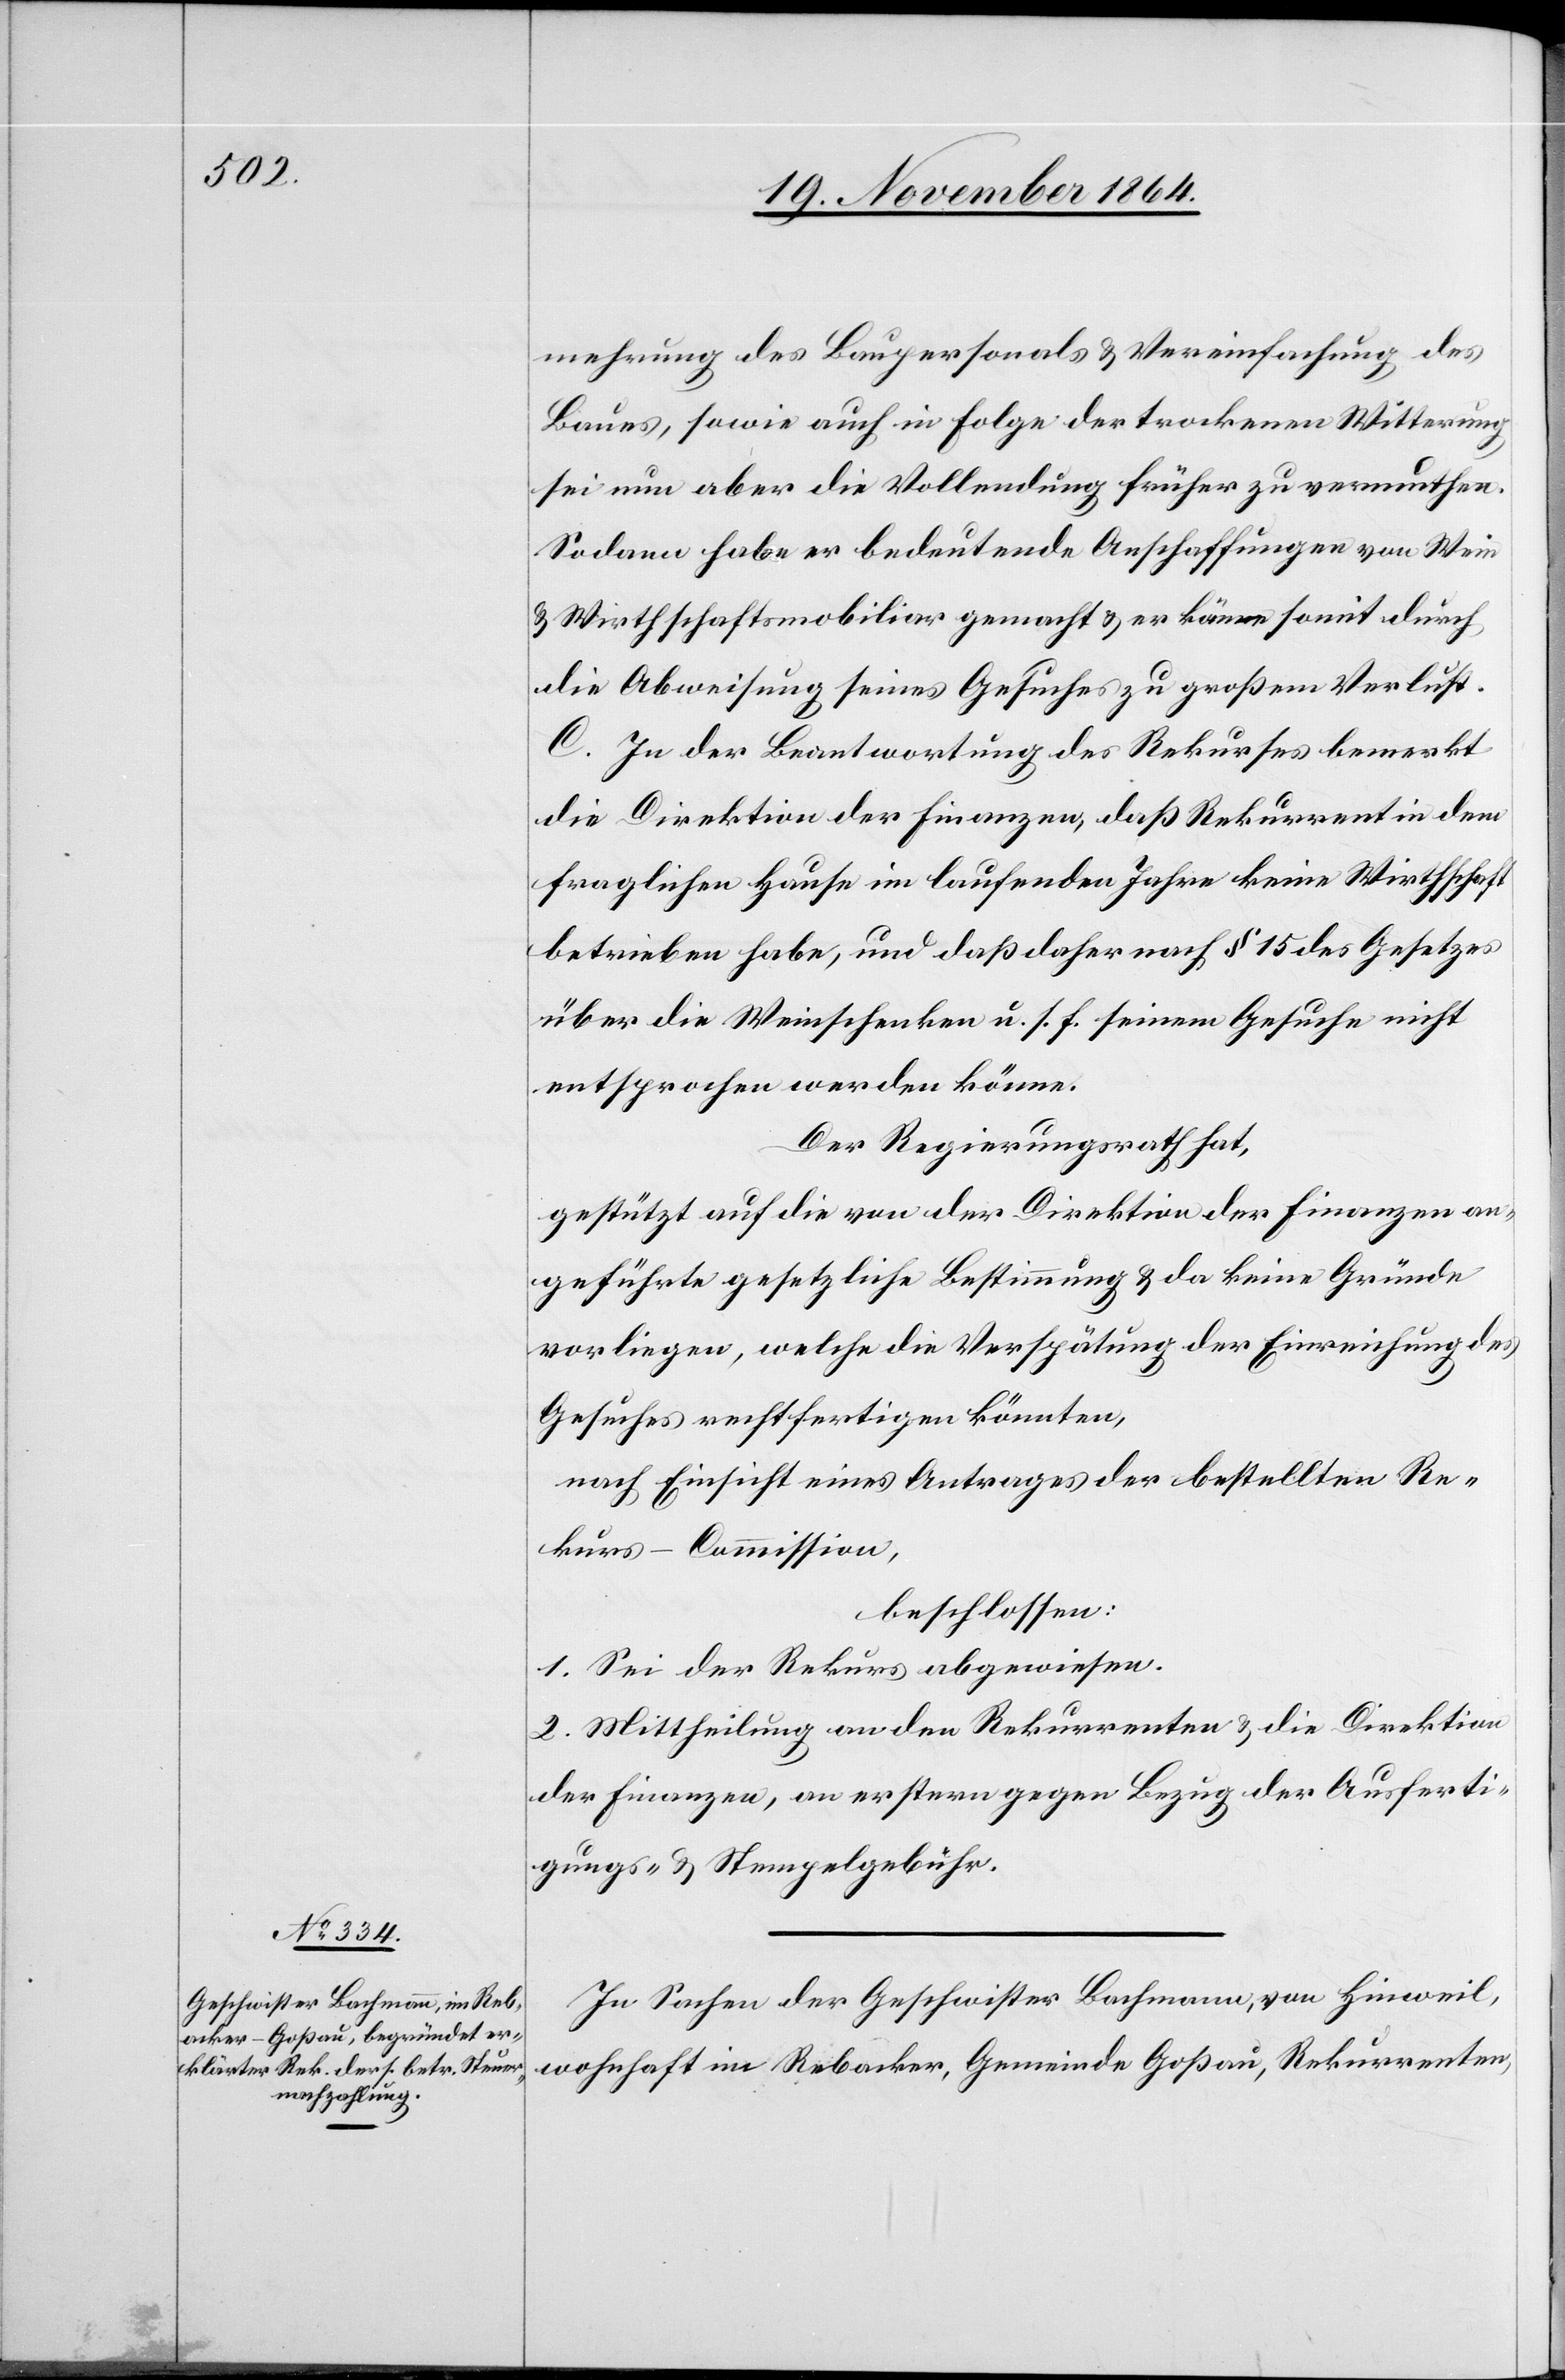
mehrung des Baupersonals & Vereinfachung des
Baues, sowie auch in Folge der trockenen Witterung
sei nun aber die Vollendung früher zu vermuthen.
Sodann habe er bedeutende Anschaffungen von Wein-
& Wirthschaftsmobiliar gemacht & er käme somit durch
die Abweisung seines Gesuches zu großem Verlust.
C. In der Beantwortung des Rekurses bemerkt
die Direktion der Finanzen, daß Rekurrent in dem
fraglichen Hause im laufenden Jahre keine Wirthschaft
betrieben habe, und daß daher nach § 15 des Gesetztes
über die Weinschenken u. s. f. seinem Gesuche nicht
entsprochen werden könne.
Der Regierungsrath hat,
gestützt auf die von der Direktion der Finanzen an¬
geführte gesetzliche Bestimmung & da keine Gründe
vorliegen, welche die Verspätung der Einreichung des
Gesuches rechtfertigen könnten,
nach Einsicht eines Antrages der bestellten Re¬
kurs-Commission
beschlossen:
1. Sei der Rekurs abgewiesen.
2. Mittheilung an den Rekurrenten & die Direktion
der Finanzen, an erstern gegen Bezug der Ausferti¬
gungs- & Stempelgebühr.
In Sachen der Geschwister Bachmann, von Hinweil,
wohnhaft im Rebacker, Gemeinde Goßau, Rekurrenten,